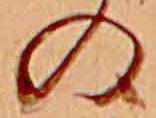
の